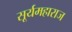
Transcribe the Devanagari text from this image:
सूर्यमहाराज